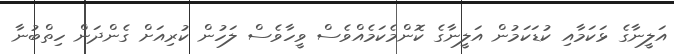
އަލީނާގެ ޅަކަމާއި ކުޑަކަމުން އަލީނާގެ ކޮންމެކަމެއްވެސް ވީހާވެސް ލަހުން ކުރިއަށް ގެންދަން ހިތްބުނާ